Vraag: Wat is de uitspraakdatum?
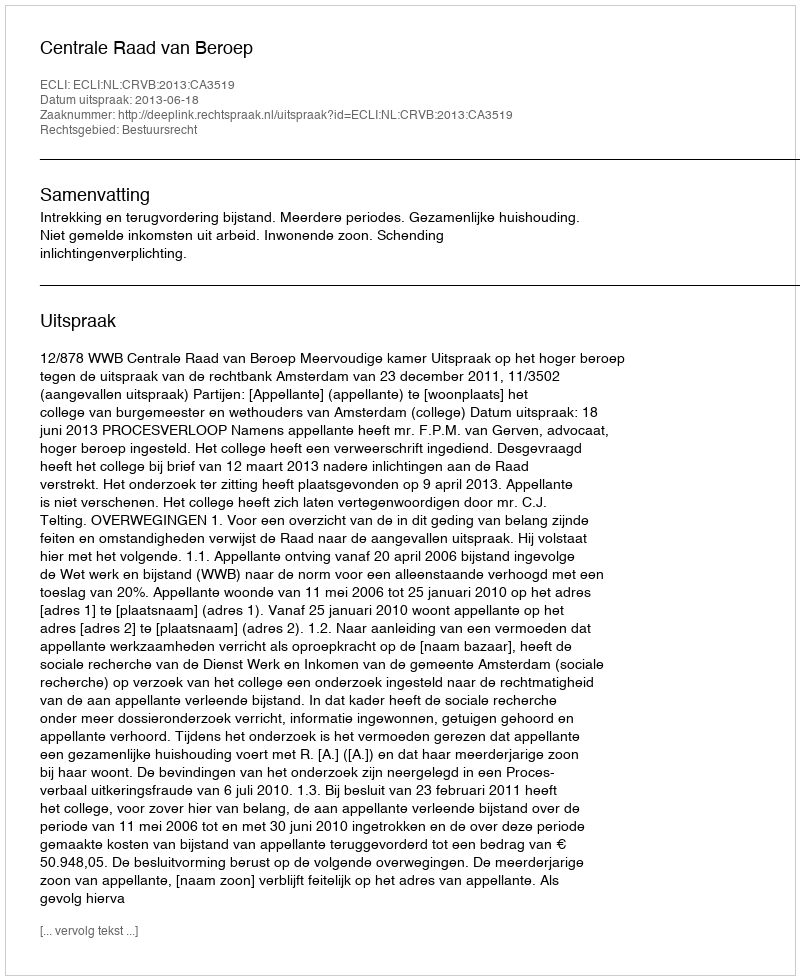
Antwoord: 2013-06-18